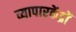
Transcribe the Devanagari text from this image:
व्यापारकेंद्रों